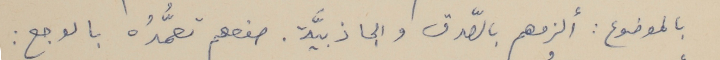
بالموضوع : ألزمهم بالصّدق والجاذبيَّة. صفعهم تعمُّدُه بالوجع :